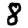
Digit: 8